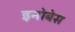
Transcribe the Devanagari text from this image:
इनोबेस